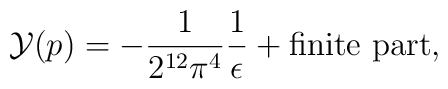
{\cal Y} (p) = -\frac{1}{2^{12} \pi^4} \frac{1}{\epsilon} +\mbox{finite part},